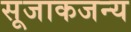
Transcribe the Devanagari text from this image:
सूजाकजन्य